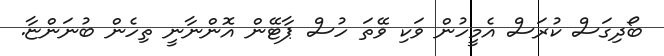
ބޯދިގަސް ކުރަސް އެމީހުން ވަކި ވޭތަ ހުސް ޕާޓޭން އޮންނާނީ ތިހެން ބުނަންޏާ.